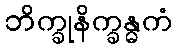
ဘိက္ခုနိက္ခန္ဓကံ